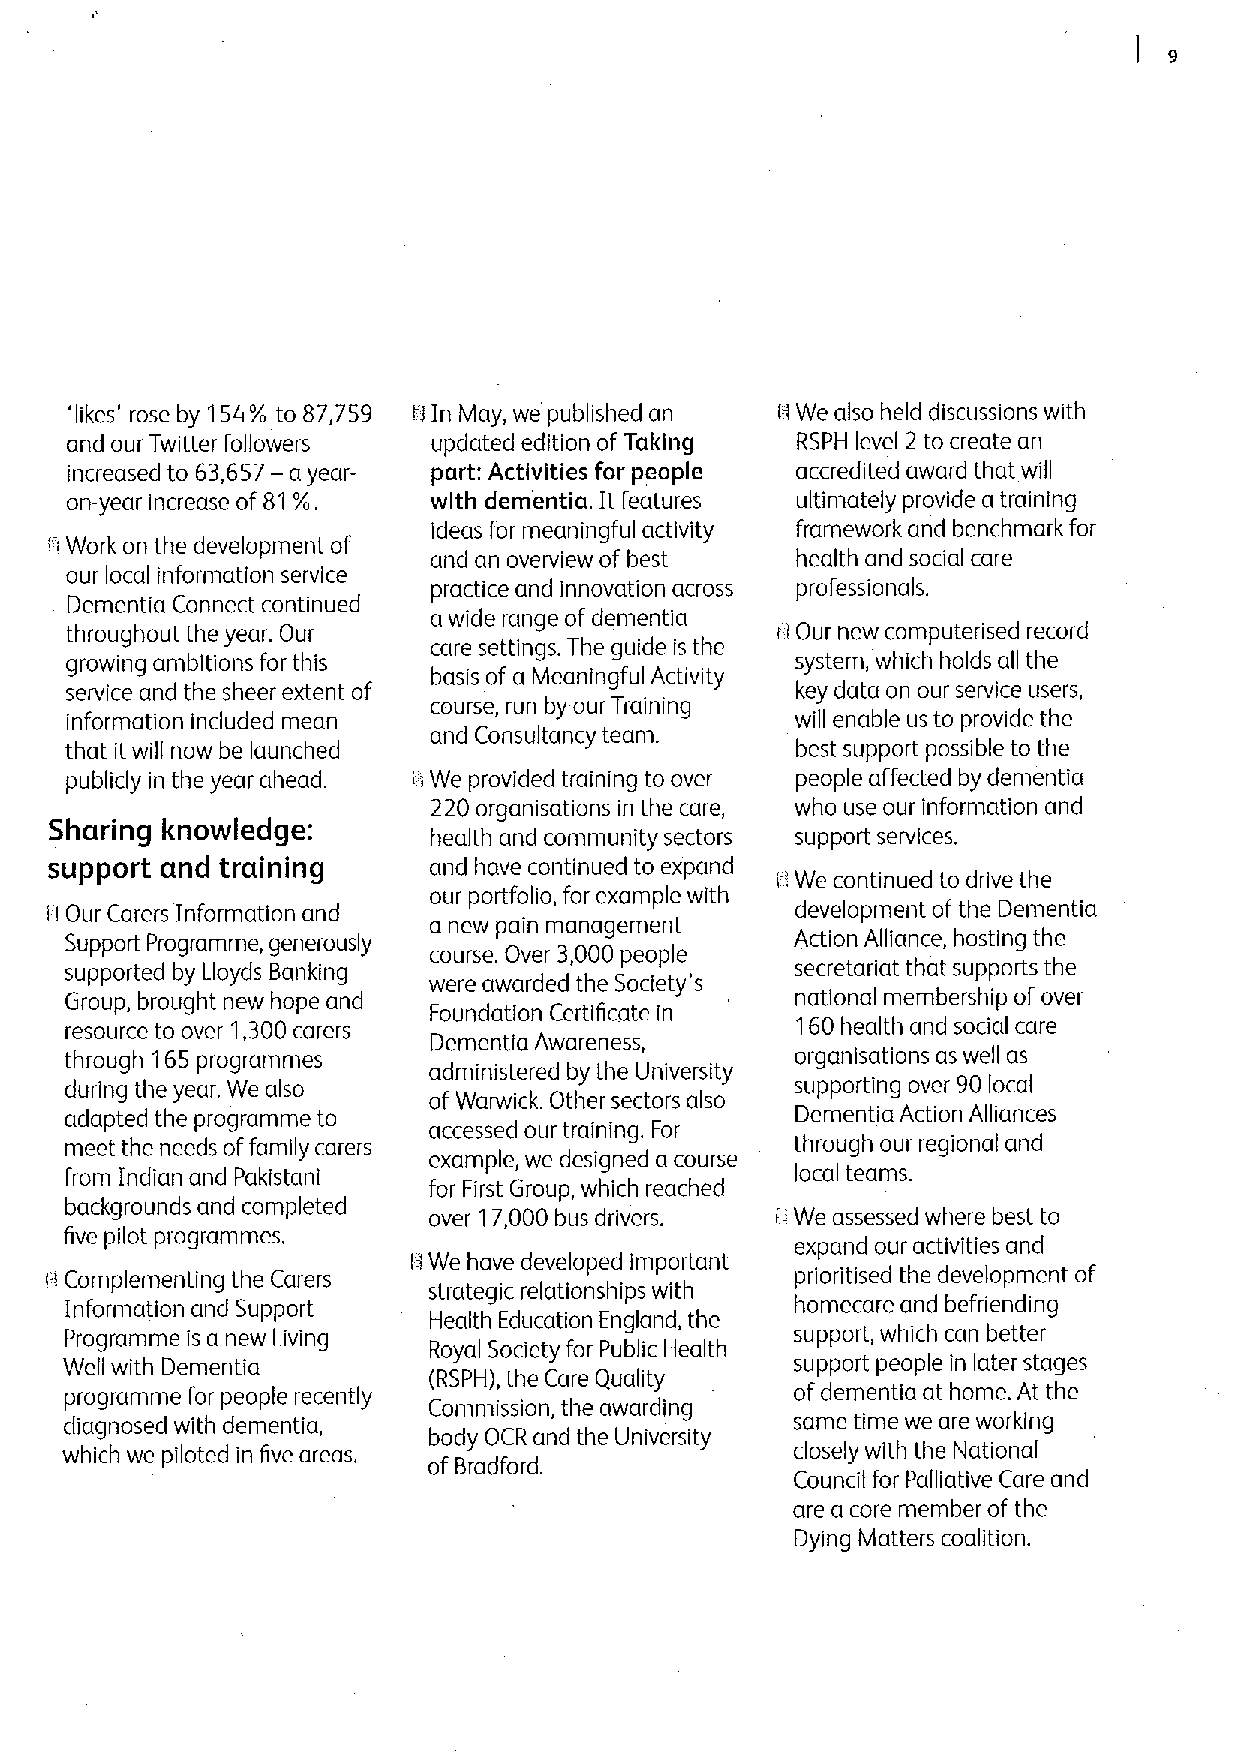
'likes' rose by 154% to 87,759 rl In May, we published an rI We also held discussions with
 and our Twitter followers updated edition ofTaking RSPH level 2 to create an
 increased to 63,657—a year- part; Activities for people accredited award that will
 on-year increase of 81%. with dementia. It features ultimately provide a training
 ideas for meaningful activity framework and benchmark for
 iI Work on the development of
 and an overview of best health and social care
 our local information service
 practice and innovation across professionals.
 Dementia Connect continued
 a wide range ofdementia
 throughout the year. Our
 care settings. The guide is the
 ri Our new computerised record
 growing ambitions for this                       system, which holds all the
 basis of a Meaningful Activity
 service and the sheer extent of                  key data on our service users,
 course, run by our Training
 information included mean                        will enable us to provide the
 and Consultancy team.
 that it will now be launched                     best support possible to the
 publicly in the year ahead. i' We provided training to over people affected by dementia
 220 organisations in the care, who use our information and
 Sharing knowledge:
 health and community sectors support services.
 support and training     and have continued to expand
 ii We continued to drive the
 our portfolio, for example with
 Ii Our Carers Information and                     development of the Dementia
 a new pain management
 Support Programme, generously course. Over 3,000 people Action Alliance, hosting the
 supported by Lloyds Banking were awarded the Society's secretariat that supports the
 Group, brought new hope and                      national membership of over
 resource to over 1,300carers Foundation Certificate in 160health and social care
 Dementia Awareness,
 through 'i 65 programmes                         organisations as well as
 during the year. We also administered by the University supporting over 90local
 ofWarwick. Other sectors also
 adapted the programme to                         Dementia Action Alliances
 accessed our training. For
 meet the needs offamily carers                   through our regional and
 example, we designed a course
 from Indian and Pakistani                        local teams.
 for First Group, which reached
 backgrounds and completed
 over 17,000 bus drivers. ii We assessed where best to
 five pilot programmes.
 expand our activities and
 We have developed important
 H Complementing the Carers I i strategic relationships with prioritised the development of
 Information and Support                          homecare and befriending
 Health Education England, the
 Programme is a new Living                        support, which can better
 Royal Society for Public Health
 Well with Dementia                               support people in later stages
 (RSPH), the Care Quality
 programme for people recently                    ofdementia at home. At the
 Commission, the awarding
 diagnosed with dementia,                         same time we are working
 body OCR and the University
 which we piloted in five areas.                 closely with the National
 of Bradford.
 Council for Palliative Care and
 are a core member of the
 Dying Matters coalition.